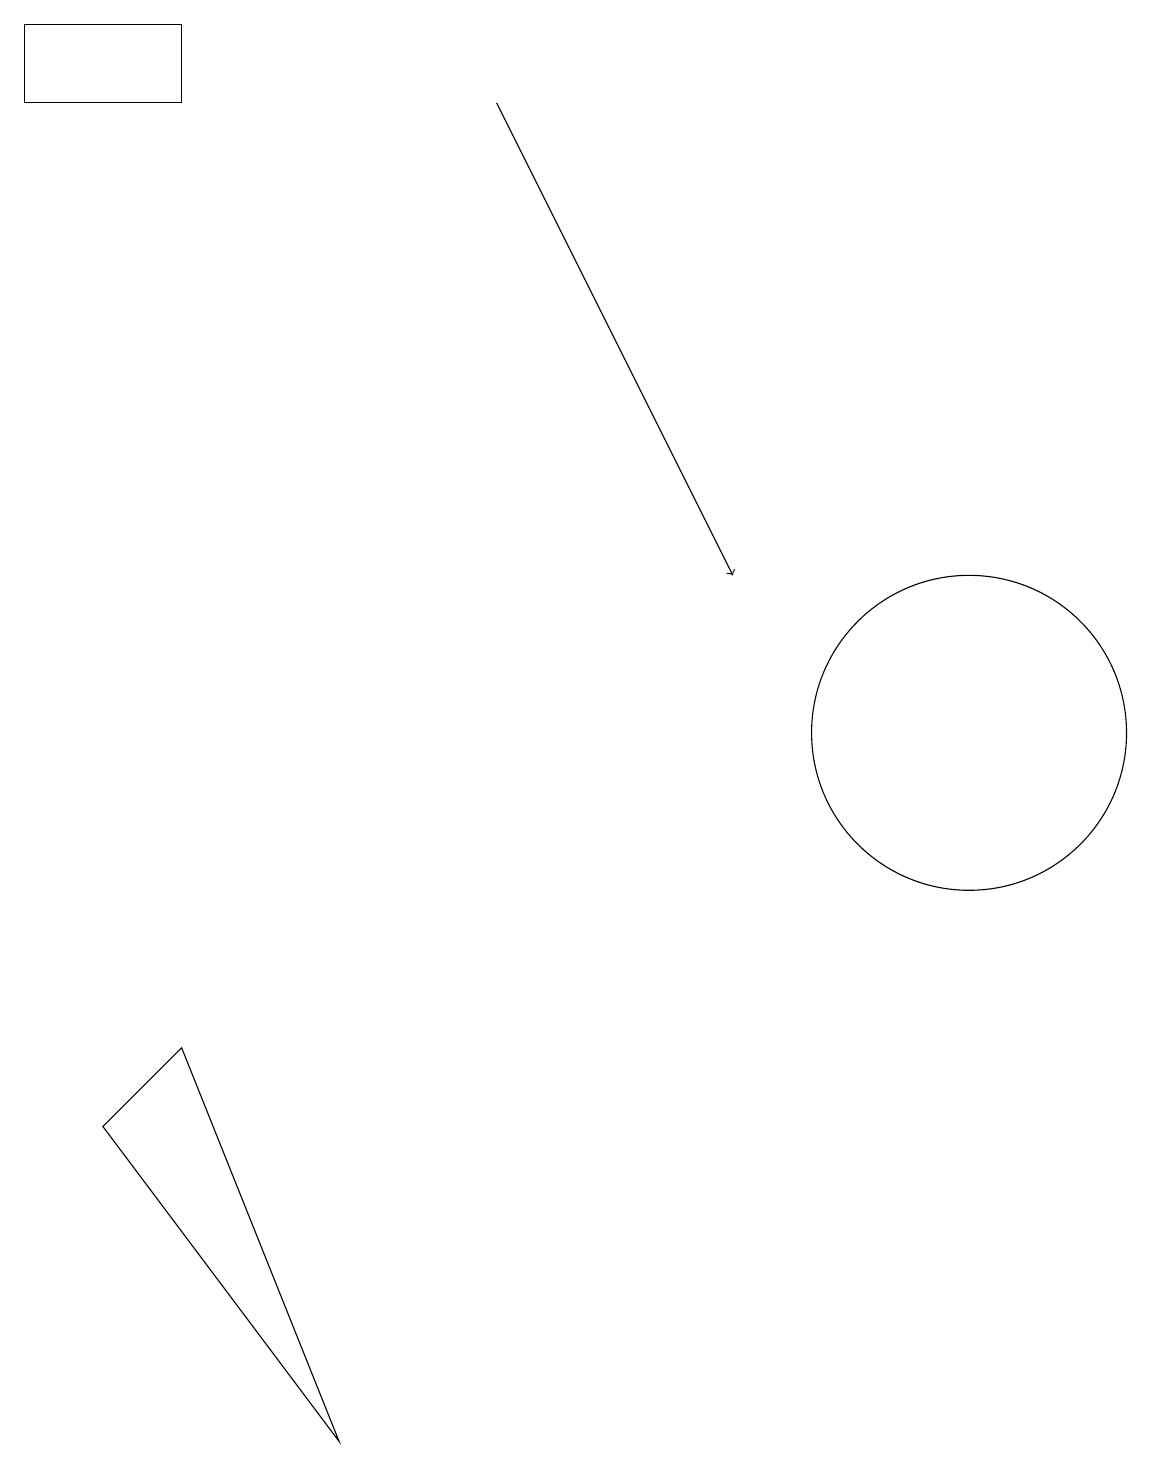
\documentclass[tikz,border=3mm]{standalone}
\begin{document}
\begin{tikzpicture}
\draw (2,6) -- (4,1) -- (1,5) -- cycle;
\draw (0,18) rectangle (2,19);
\draw (12,10) circle (2);
\draw[->] (6,18) -- (9,12);
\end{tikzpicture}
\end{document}